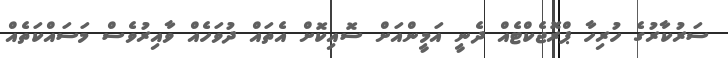
ސަރުކާރުގެ ހުރިހާ ޕްރޮޖެކްޓެއް ދެނީ އަމީންއަށް ސޮއިކޮށް އެތައް ދުވަހެއް ވާއިރުވެސް މަސައްކަތެއް